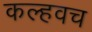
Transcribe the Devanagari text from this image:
कल्हवच